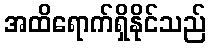
အထိရောက်ရှိနိုင်သည်